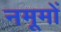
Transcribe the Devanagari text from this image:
नमूमों